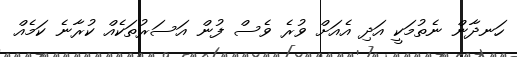
ހަނދާން ނެތުމަކީ އަދި އެއަށް ވުރެ ވެސް ފުން އަސަރުތަކެއް ކުރާނެ ކަމެއް